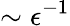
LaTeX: \sim\epsilon^{-1}